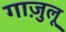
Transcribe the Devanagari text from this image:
गाज़ुलू